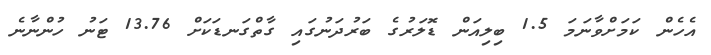
އެހެން ކަމަށްވާނަމަ 1.5 ބިލިއަން ޑޮލަރުގެ ބަރުދަނުގައި ގާތްގަނޑަކަށް 13.76 ޓަނު ހުންނާނެ